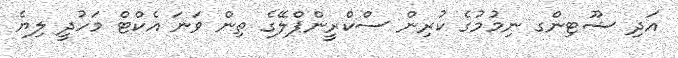
އަދި ޝޫޓިންގ ނިމުމުގެ ކުރިން ސްކްރީންޕްލޭގެ ތިން ވަނަ އެކްޓް މަހުދީ ލިޔެ